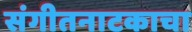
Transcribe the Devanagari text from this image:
संगीतनाटकाचा